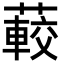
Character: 𦽨